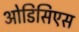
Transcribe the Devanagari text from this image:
ओडिसिएस